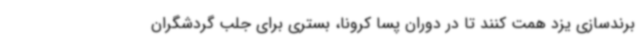
برندسازی یزد همت کنند تا در دوران پسا کرونا، بستری برای جلب گردشگران